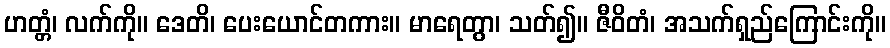
ဟတ္တံ၊ လက်ကို။ ဒေတိ၊ ပေးယောင်တကား။ မာရေတွာ၊ သတ်၍။ ဇီဝိတံ၊ အသက်ရှည်ကြောင်းကို။